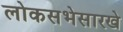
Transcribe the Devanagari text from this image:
लोकसभेसारखे